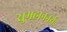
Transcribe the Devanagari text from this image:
सुमहाननर्थः